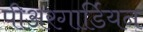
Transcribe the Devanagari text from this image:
पीअरगार्डियन